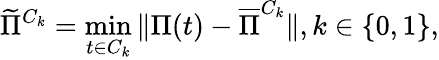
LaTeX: \widetilde{\Pi}^{C_{k}}=\operatorname*{min}_{t\in{C_{k}}}{\Vert\Pi(t)-\overline{{\Pi}}^{C_{k}}\Vert},k\in\{ 0,1\} ,